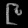
Digit: ၉